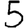
Digit: 5